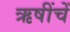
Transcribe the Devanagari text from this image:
ऋषींचें